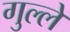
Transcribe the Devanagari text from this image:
गुल्ले